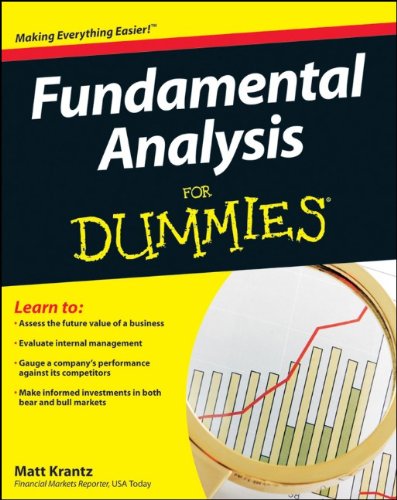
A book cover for Fundamental Analysis For Dummies; Matt Krantz; Business & Money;